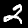
Digit: 2